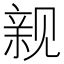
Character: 𲁗